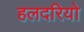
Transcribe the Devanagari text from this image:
हलदरियो